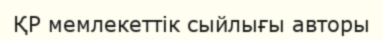
ҚР мемлекеттік сыйлығы авторы